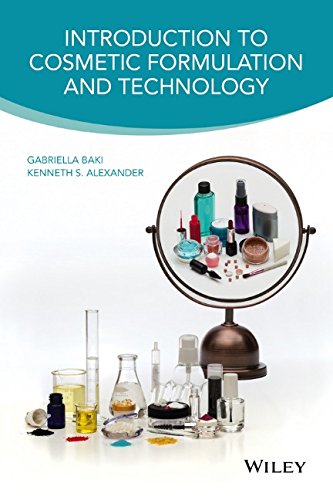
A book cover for Introduction to Cosmetic Formulation and Technology; Gabriella Baki; Science & Math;